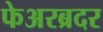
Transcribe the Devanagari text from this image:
फेअरब्रदर